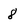
Character: 8